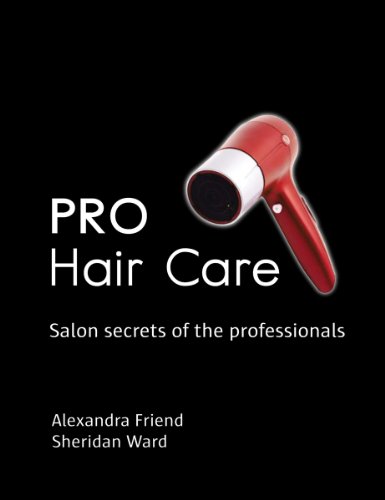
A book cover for Pro Hair Care: Salon Secrets of the Professionals; Alexandra Friend; Health, Fitness & Dieting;